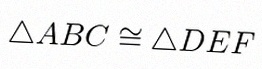
\triangle ABC\cong\triangle DEF